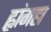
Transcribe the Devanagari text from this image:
ह्वांगहा